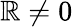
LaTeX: \mathbb{R}\neq0